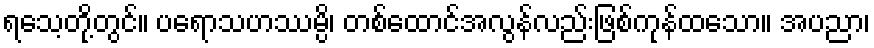
ရသေ့တို့တွင်။ ပရောသဟဿမ္ပိ၊ တစ်ထောင်အလွန်လည်းဖြစ်ကုန်ထသော။ အပညာ၊